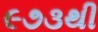
૯૭૩થી